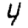
Digit: 4